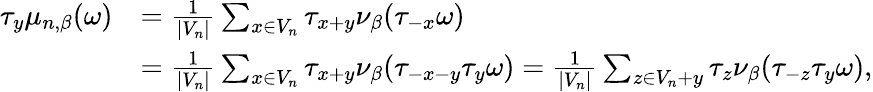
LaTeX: \begin{array}{rl}{\tau_{y}\mu_{n,\beta}(\omega)}&{=\frac{1}{|V_{n}|}\sum_{x\in V_{n}}\tau_{x+y}\nu_{\beta}(\tau_{-x}\omega)}\\ &{=\frac{1}{|V_{n}|}\sum_{x\in V_{n}}\tau_{x+y}\nu_{\beta}(\tau_{-x-y}\tau_{y}\omega)=\frac{1}{|V_{n}|}\sum_{z\in V_{n}+y}\tau_{z}\nu_{\beta}(\tau_{-z}\tau_{y}\omega),}\end{array}